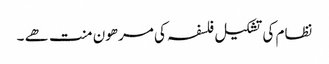
نظام کی تشکیل فلسفہ کی مرھون منت ھے ۔